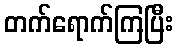
တက်ရောက်ကြပြီး